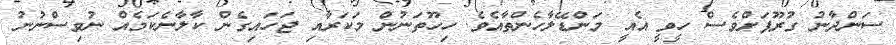
ސަންދާނު ގުރޫޕަށްވެސް ހީވީ އެއީ މަންޑޭލާހެންތާއެވެ. ހިހޫތަނުން މަކަރާއި ޖަހައިގެން ކާލާނެކަމެއް ނުވިސްނުނު